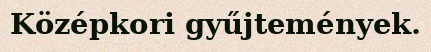
Középkori gyűjtemények.